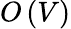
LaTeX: O\left(V\right)